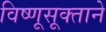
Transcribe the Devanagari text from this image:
विष्णूसूक्ताने